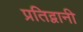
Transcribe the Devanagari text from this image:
प्रतिद्वानी